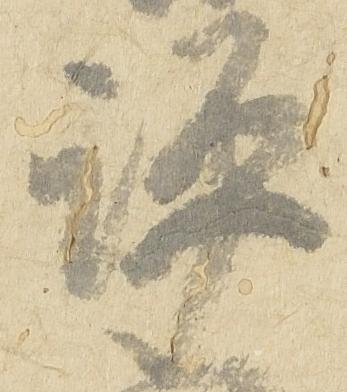
評